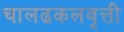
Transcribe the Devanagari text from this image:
चालढकलवृत्ती